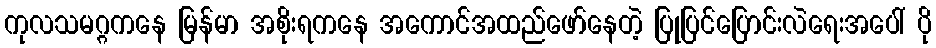
ကုလသမဂ္ဂကနေ မြန်မာ အစိုးရကနေ အကောင်အထည်ဖော်နေတဲ့ ပြုပြင်ပြောင်းလဲရေးအပေါ် ပို